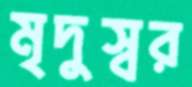
মৃদুস্বর